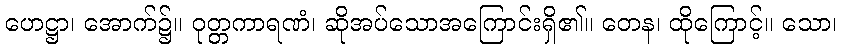
ဟေဋ္ဌာ၊ အောက်၌။ ဝုတ္တကာရဏံ၊ ဆိုအပ်သောအကြောင်းရှိ၏။ တေန၊ ထိုကြောင့်။ သော၊